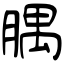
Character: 腢